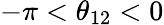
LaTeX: -\pi<\theta_{12}<0